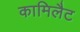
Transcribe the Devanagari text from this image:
कामिलैट